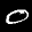
Label: 0